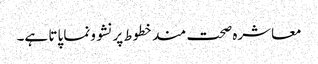
معاشرہ صحت مندخطوط پرنشوونما پاتا ہے۔